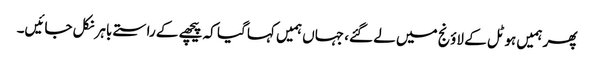
پھر ہمیں ہوٹل کے لاؤنج میں لے گئے، جہاں ہمیں کہا گیا کہ پیچھے کے راستے باہر نکل جائیں۔